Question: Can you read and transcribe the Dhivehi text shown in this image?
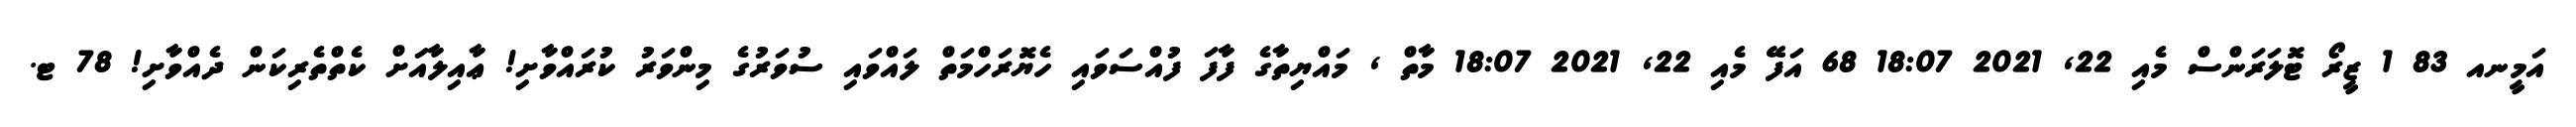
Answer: އަމީނއ 83 1 ޒީރޯ ޓޮލަރަންސް މެއި 22, 2021 18:07 68 އަފޭ މެއި 22, 2021 18:07 މާތް , މައްޔިތާގެ ފާފަ ފުއްސަވައި ހެޔޮރަހްމަތް ލައްވައި ސުވަރުގެ މިންވަރު ކުރައްވާށި! ޢާއިލާއަށް ކެތްތެރިކަން ދެއްވާށި! 78 ޓ.